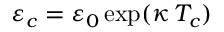
\varepsilon _ { c } = \varepsilon _ { 0 } \exp ( \kappa \, T _ { c } )